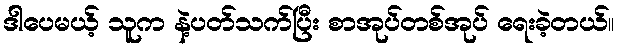
ဒါပေမယ့် သူက နဲ့ပတ်သက်ပြီး စာအုပ်တစ်အုပ် ရေးခဲ့တယ်။